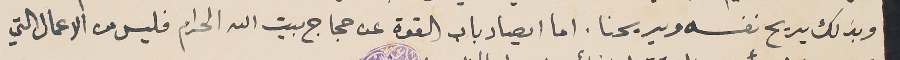
وبذلك يريح نفسه ويريحنا. اما ايصاد باب القوة عن حجاج بيت الله الحرام فليس من الاعمال التي